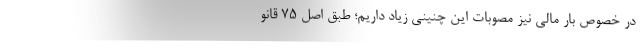
در خصوص بار مالی نیز مصوبات این چنینی زیاد داریم؛ طبق اصل ۷۵ قانو